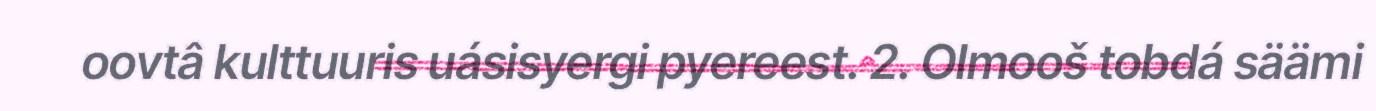
oovtâ kulttuuris uásisyergi pyereest. 2. Olmooš tobdá säämi